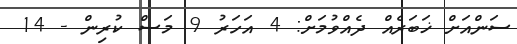
ސަންއަށް ޚަބަރެއް ދެއްވުމަށް: 4 އަހަރު 9 މަސް ކުރިން - 14